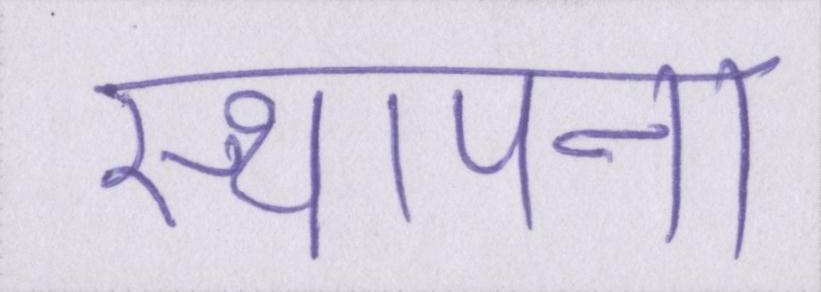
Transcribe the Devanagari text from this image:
स्थापना